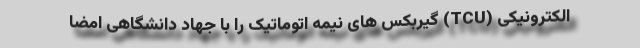
الکترونیکی (TCU) گیربکس های نیمه اتوماتیک را با جهاد دانشگاهی امضا